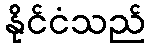
နိုင်ငံသည်